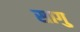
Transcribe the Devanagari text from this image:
सागु